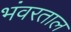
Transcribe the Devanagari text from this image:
भंवरताल